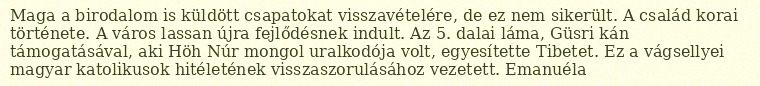
Maga a birodalom is küldött csapatokat visszavételére, de ez nem sikerült. A család korai története. A város lassan újra fejlődésnek indult. Az 5. dalai láma, Güsri kán támogatásával, aki Höh Núr mongol uralkodója volt, egyesítette Tibetet. Ez a vágsellyei magyar katolikusok hitéletének visszaszorulásához vezetett. Emanuéla